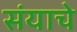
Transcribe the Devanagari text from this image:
संयाचे